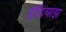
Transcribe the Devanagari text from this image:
इंडियाझ